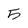
Character: 5